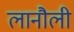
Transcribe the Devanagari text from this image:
लानौली